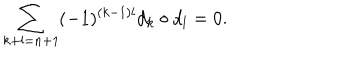
\sum _ { k + l = n + 1 } ( - 1 ) ^ { ( k - 1 ) l } d _ { k } \circ d _ { l } = 0 .